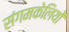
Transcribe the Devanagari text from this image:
संगमकेलियों